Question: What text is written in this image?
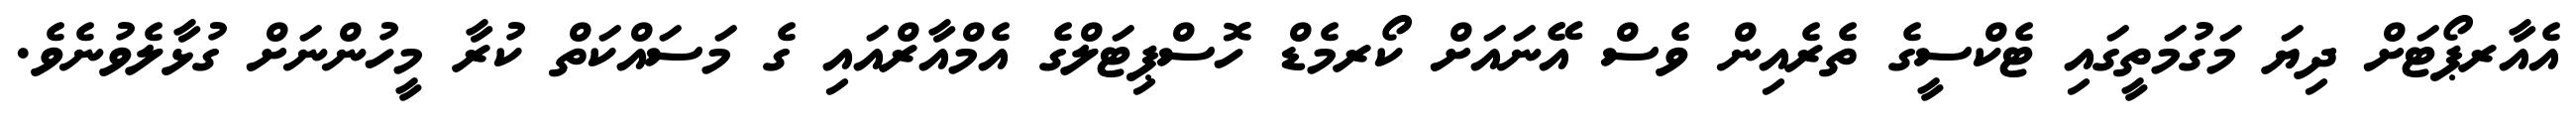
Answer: އެއާރޕޯޓަށް ދިޔަ މަގުމަތީގައި ޓެކްސީގެ ތެރެއިން ވެސް އޭނައަށް ކޯރމެޑް ހޮސްޕިޓަލްގެ އެމްއާރްއައި ގެ މަސައްކަތް ކުރާ މީހުންނަށް ގުޅާލެވުނެވެ.